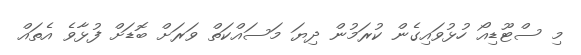
މި ސްޓޫޑިއޯ ހުޅުވައިގެން ކުރަމުން ދިޔަ މަސައްކަތް ވަރަށް ބޮޑަށް ފުޅާވެ އެތައް